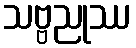
သဗ္ဗညုဿ